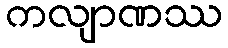
ကလျာဏဿ